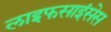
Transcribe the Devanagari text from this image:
लाइफसाइंसेस